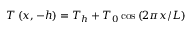
T \left( { x , - h } \right) = { T _ { h } } + { T _ { 0 } } \cos \left( { { { 2 \pi x } \mathord { \left/ { \vphantom { { 2 \pi x } L } } \right. \kern - \nulldelimiterspace } L } } \right)